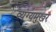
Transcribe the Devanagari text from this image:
व्यंग्यमुखर